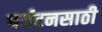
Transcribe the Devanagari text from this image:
पर्यटनसाठी